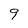
Character: 9